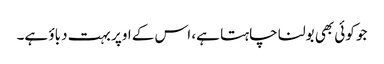
جو کوئی بھی بولنا چاہتا ہے، اس کے اوپر بہت دباؤ ہے۔